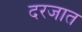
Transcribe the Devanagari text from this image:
दरजात